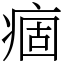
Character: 痼